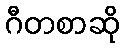
ဂီတစာဆို